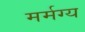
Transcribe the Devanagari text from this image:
मर्मग्य